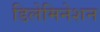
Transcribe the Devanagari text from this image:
डिलेमिनेशन